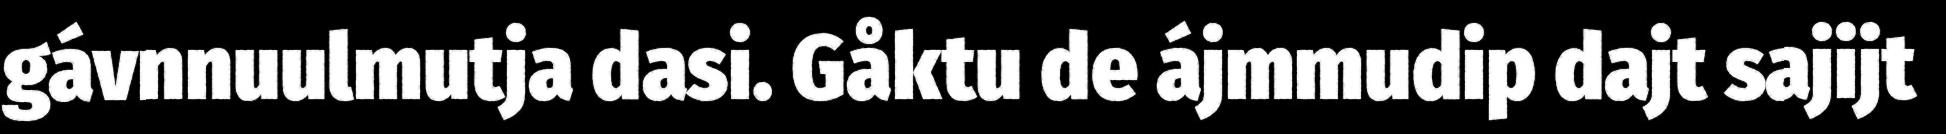
gávnnuulmutja dasi. Gåktu de ájmmudip dajt sajijt